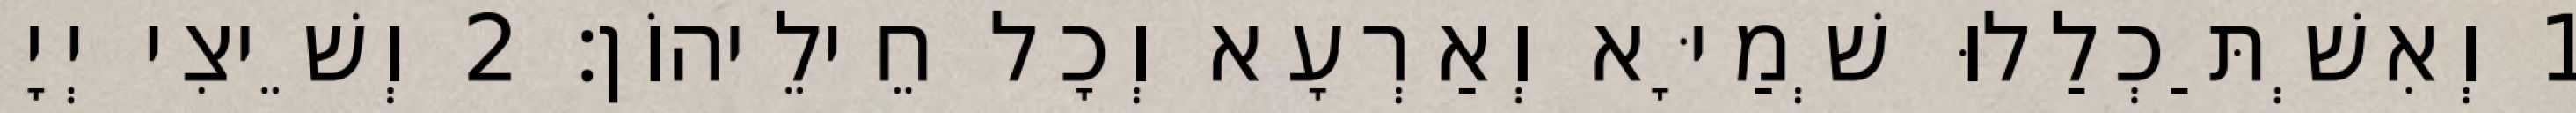
1 וְאִשְׁתַּכְלַלוּ שְׁמַיָּא וְאַרְעָא וְכָל חֵילֵיהוֹן׃ 2 וְשֵׁיצִי יְיָ